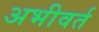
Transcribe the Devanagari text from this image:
अभीवर्त